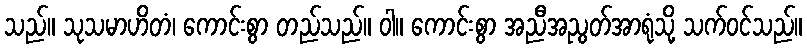
သည်။ သုသမာဟိတံ၊ ကောင်းစွာ တည်သည်။ ဝါ။ ကောင်းစွာ အညီအညွတ်အာရုံသို့ သက်ဝင်သည်။